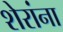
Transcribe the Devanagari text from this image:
शेरांना